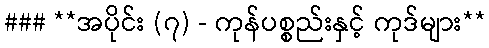
### **အပိုင်း (၇) - ကုန်ပစ္စည်းနှင့် ကုဒ်များ**